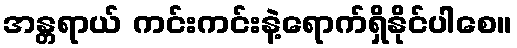
အန္တရာယ် ကင်းကင်းနဲ့ရောက်ရှိနိုင်ပါစေ။